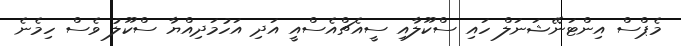
މެޕްސް އިންޓަނޭޝަނަލް ހައި ސްކޫލާއި ސީއެޗްއެސްއީ އަދި އަހުމަދިއްޔާ ސްކޫލު ވެސް ހިމެނެ